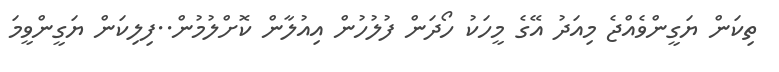
ތިކަން ޔަގީންވެއްޖެ މިއަދު އޭގެ މީހަކު ހޯދަން ފުލުހުން އިއުލާން ކޮށްލުމުން..ފިލިކަން ޔަގީންވީމަ